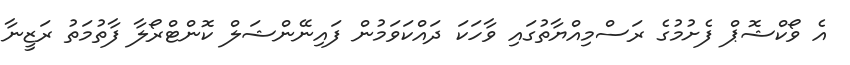
އެ ވޯކްޝޮޕް ފެށުމުގެ ރަސްމިއްޔާތުގައި ވާހަކަ ދައްކަވަމުން ފައިނޭންޝަލް ކޮންޓްރޯލާ ފާތުމަތު ރަޒީނާ